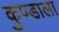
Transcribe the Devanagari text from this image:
कुण्डाला